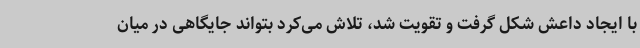
با ایجاد داعش شکل گرفت و تقویت شد، تلاش می‌کرد بتواند جایگاهی در میان